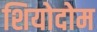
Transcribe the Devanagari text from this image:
शियोदोम